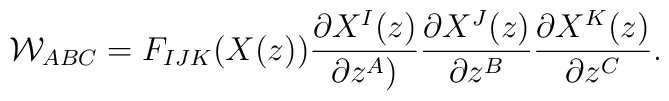
{\cal W}_{ABC} = F_{IJK}(X(z)) \frac{\partial X^{I}(z)}{\partial z^{A})}\frac{\partial X^J(z)}{\partial z^{B}} \frac{\partial X^{K}(z)}{\partial z^{C}}.